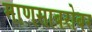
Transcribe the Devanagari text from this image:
माणसाबरोबर